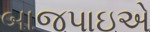
બાજપાઇએ